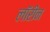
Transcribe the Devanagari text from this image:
लॉरीन